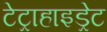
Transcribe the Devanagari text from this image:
टेट्राहाइड्रेट